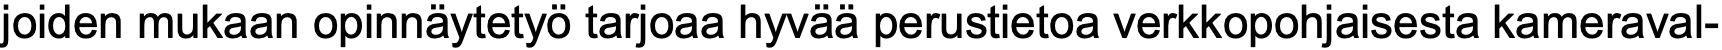
joiden mukaan opinnäytetyö tarjoaa hyvää perustietoa verkkopohjaisesta kameraval-